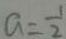
a = \frac { 1 } { 2 }